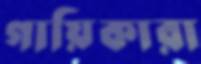
গায়িকারা